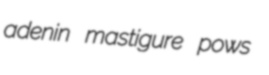
adenin mastigure pows